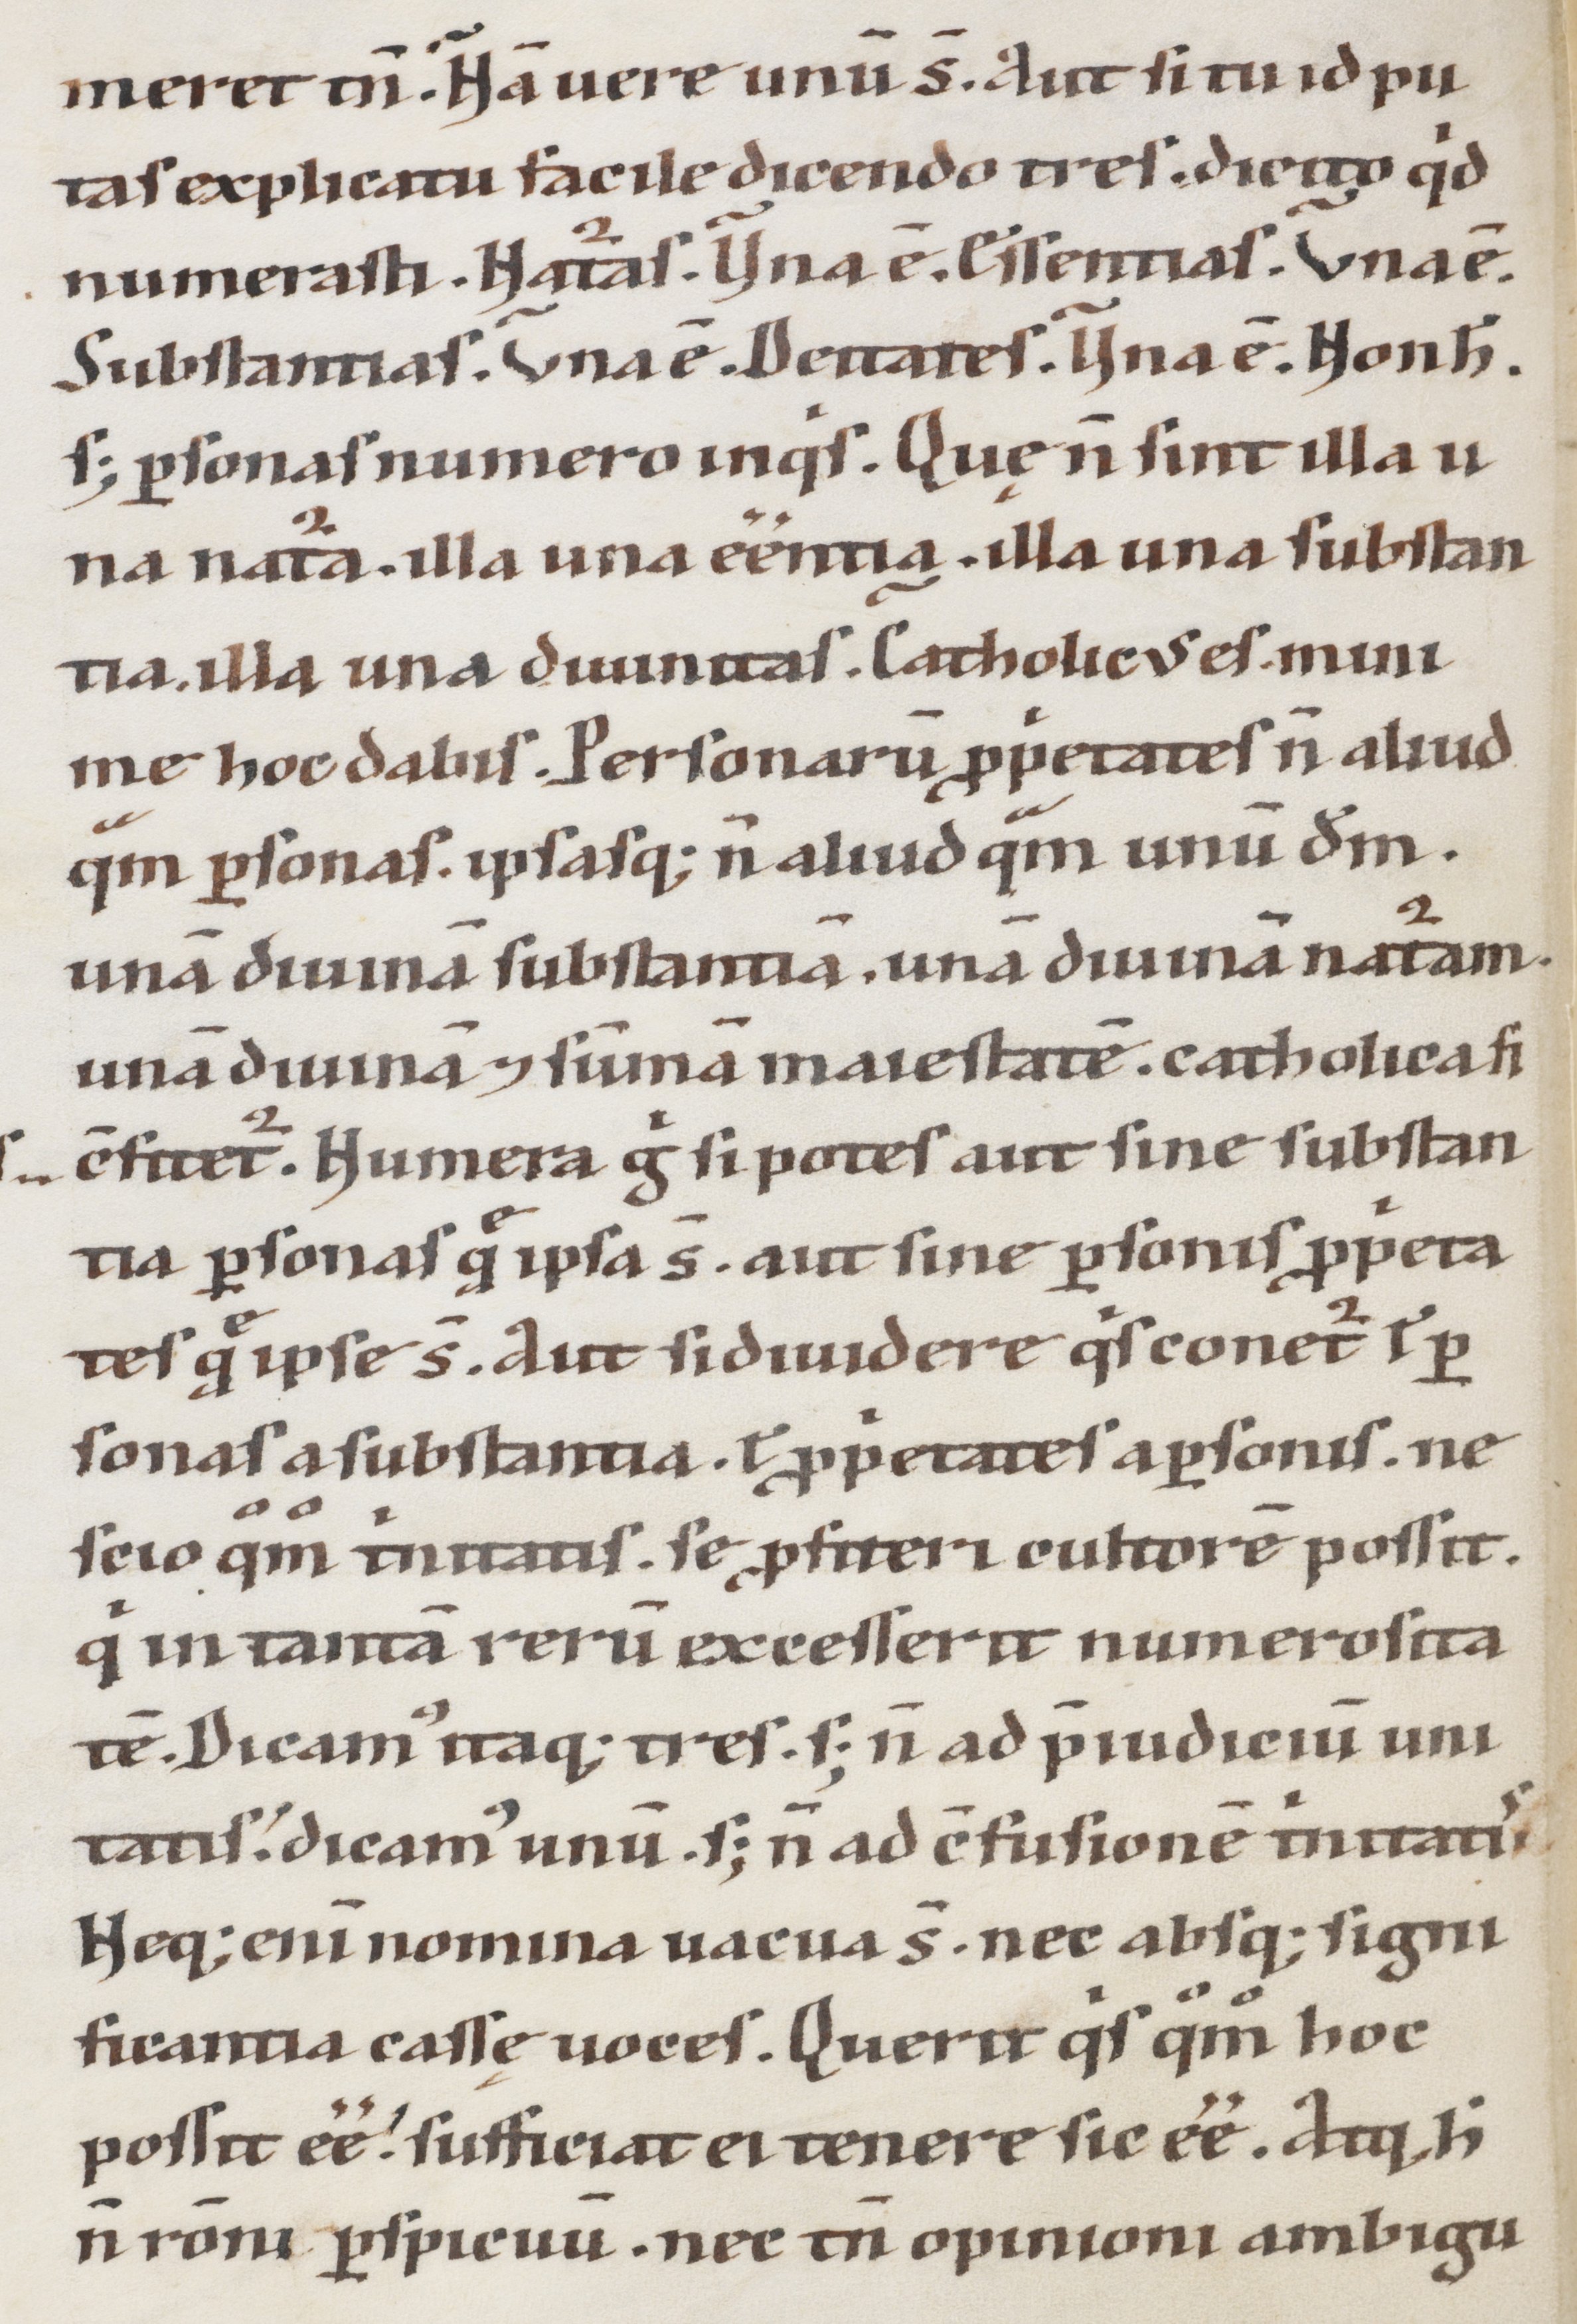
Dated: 1100–1199